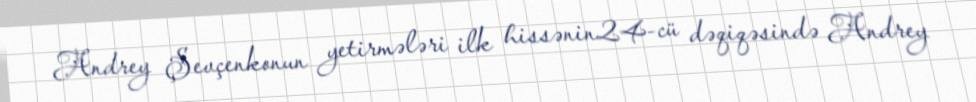
Andrey Şevçenkonun yetirmələri ilk hissənin24-cü dəqiqəsində Andrey